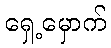
ရှေ့မှောက်